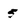
Character: 5